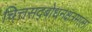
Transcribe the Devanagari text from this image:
चित्तसद्‍बोधनक्षत्रमाला